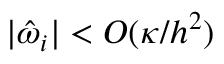
| \hat { \omega } _ { i } | < O ( \kappa / h ^ { 2 } )